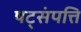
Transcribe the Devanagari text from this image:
षट्‌संपत्ति